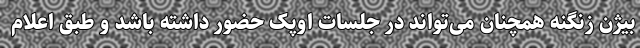
بیژن زنگنه همچنان می‌تواند در جلسات اوپک حضور داشته باشد و طبق اعلام